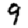
Digit: 9